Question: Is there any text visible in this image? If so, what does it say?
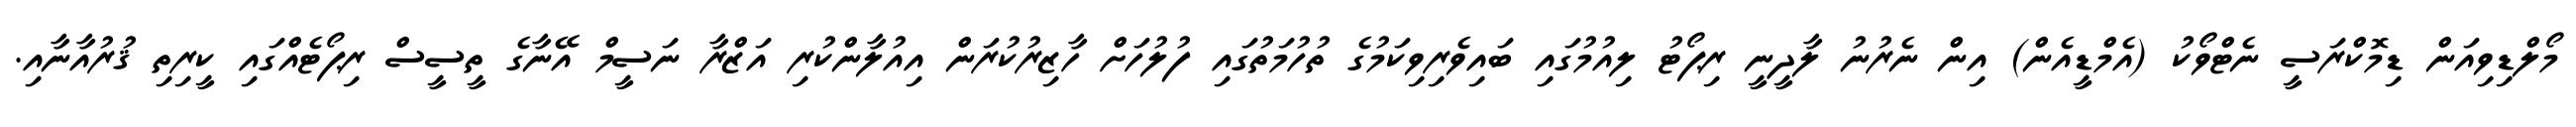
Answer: މޯލްޑިވިއަން ޑިމޮކްރަސީ ނެޓްވޯކު (އެމްޑީއެން) އިން ނެރުނު ލާދީނީ ރިޕޯޓު ލިއުމުގައި ބައިވެރިވިކަމުގެ ތުހުމަތުގައި ފުލުހަށް ހާޒިރުކުރަން އިއުލާންކުރި އަޒްރާ ނަސީމް އޭނާގެ ތީސީސް ރިޕޯޓެއްގައި ކީރިތި ޤުރުއާނާއި.